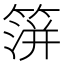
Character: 𥰅